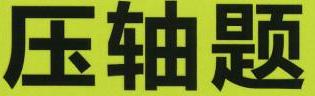
压轴题